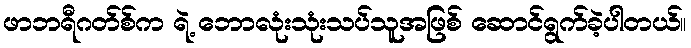
ဖာဘရီဂတ်စ်က ရဲ့ ဘောလုံးသုံးသပ်သူအဖြစ် ဆောင်ရွက်ခဲ့ပါတယ်။